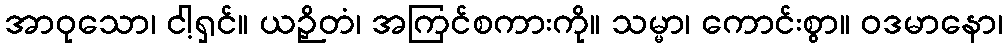
အာဝုသော၊ ငါ့ရှင်။ ယဉှိတံ၊ အကြင်စကားကို။ သမ္မာ၊ ကောင်းစွာ။ ဝဒမာနော၊